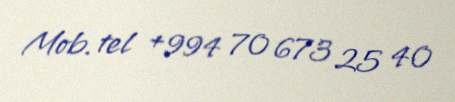
Mob. tel +994 70 673 25 40